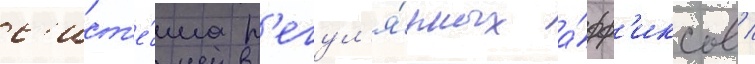
с'ист'е́ма р'егул'я́рных а́фф'иксов /